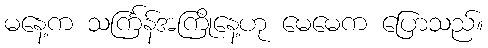
မနေ့က သင်္ကြန်အကြိုနေ့ဟု မေမေက ပြောသည်။